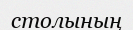
столының